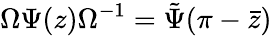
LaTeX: \Omega\Psi(z)\Omega^{-1}=\tilde{\Psi}(\pi-\bar{z})